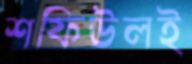
শফিউলই